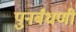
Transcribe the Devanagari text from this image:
पुनर्बंधणी